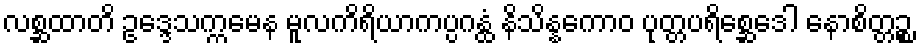
လစ္ဆထာတိ ဥဒ္ဒေသက္ကမေန မူလကိရိယာကပ္ပဂန္ထံ နိသိန္နကောဝ ပုတ္တပရိစ္ဆေဒေါ နောစိတ္တဉ္စ